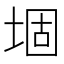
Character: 堌